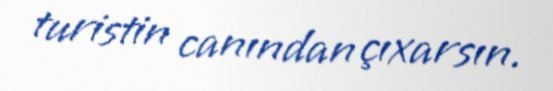
turistin canından çıxarsın.